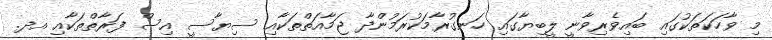
މި ވާހަކަތަކުގައި ބައިވެރިވާނީ ލީބިޔާގައި ހަނގުރާމަކުރަމުންދާ ޖަމާއަތްތަކާއި ސިޔާސީ އިސް ފަރާތްތަކާއި އދ.